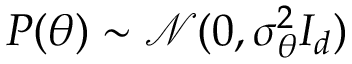
P ( \theta ) \sim \mathcal { N } ( 0 , \sigma _ { \theta } ^ { 2 } I _ { d } )